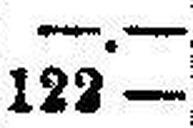
122 —